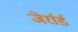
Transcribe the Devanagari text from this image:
जेर्रार्ड